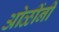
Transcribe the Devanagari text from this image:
ओळींनी